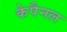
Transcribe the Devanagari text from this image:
केपैनल